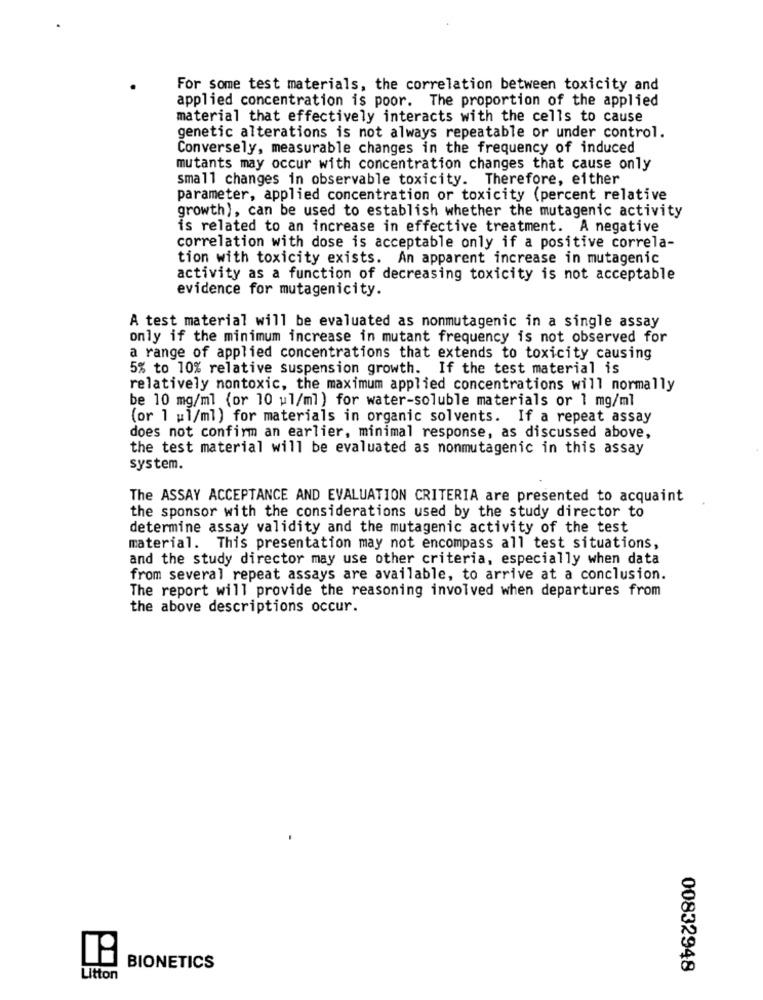
For some test materials, the correlation between toxicity and
applied concentration is poor. The proportion of the applied
material that effectively interacts with the cells to cause
genetic alterations is not always repeatable or under control.
Conversely, measurable changes in the frequency of induced
mutants may occur with concentration changes that cause only
small changes in observable toxicity. Therefore, either
parameter, applied concentration or toxicity (percent relative
growth), can be used to establish whether the mutagenic activity
is related to an increase in effective treatment. A negative
correlation with dose is acceptable only if a positive correla-
tion with toxicity exists. An apparent increase in mutagenic
activity as a function of decreasing toxicity is not acceptable
evidence for mutagenicity.
A test material will be evaluated as nonmutagenic in a single assay
only if the minimum increase in mutant frequency is not observed for
a range of applied concentrations that extends to toxicity causing
5% to 10% relative suspension growth. If the test material is
relatively nontoxic, the maximum applied concentrations will normally
be 10 mg/ml (or 10 ul/ml) for water-soluble materials or 1 mg/ml
(or 1 w1/ml) for materials in organic solvents. If a repeat assay
does not confirm an earlier, minimal response, as discussed above,
the test material will be evaluated as nonmutagenic in this assay
system.
The ASSAY ACCEPTANCE AND EVALUATION CRITERIA are presented to acquaint
the sponsor with the considerations used by the study director to
determine assay validity and the mutagenic activity of the test
material. This presentation may not encompass all test situations,
and the study director may use other criteria, especially when data
from several repeat assays are available, to arrive at a conclusion.
The report will provide the reasoning involved when departures from
the above descriptions occur.
BIONETICS
00832948
Litton